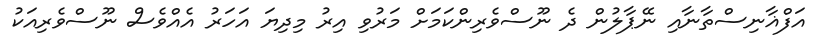
އަފްޣާނިސްތާނާއި ނޭޕާލުން ދެ ނޫސްވެރިންކަމަށް މަރުވި އިރު މިދިޔަ އަހަރު އެއްވެސް ނޫސްވެރިއަކު